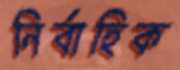
নির্বাহিক